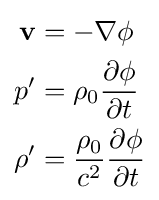
{\begin{aligned}\mathbf {v} &=-\nabla \phi \\p'&=\rho _{0}{\frac {\partial \phi }{\partial t}}\\\rho '&={\frac {\rho _{0}}{c^{2}}}{\frac {\partial \phi }{\partial t}}\end{aligned}}